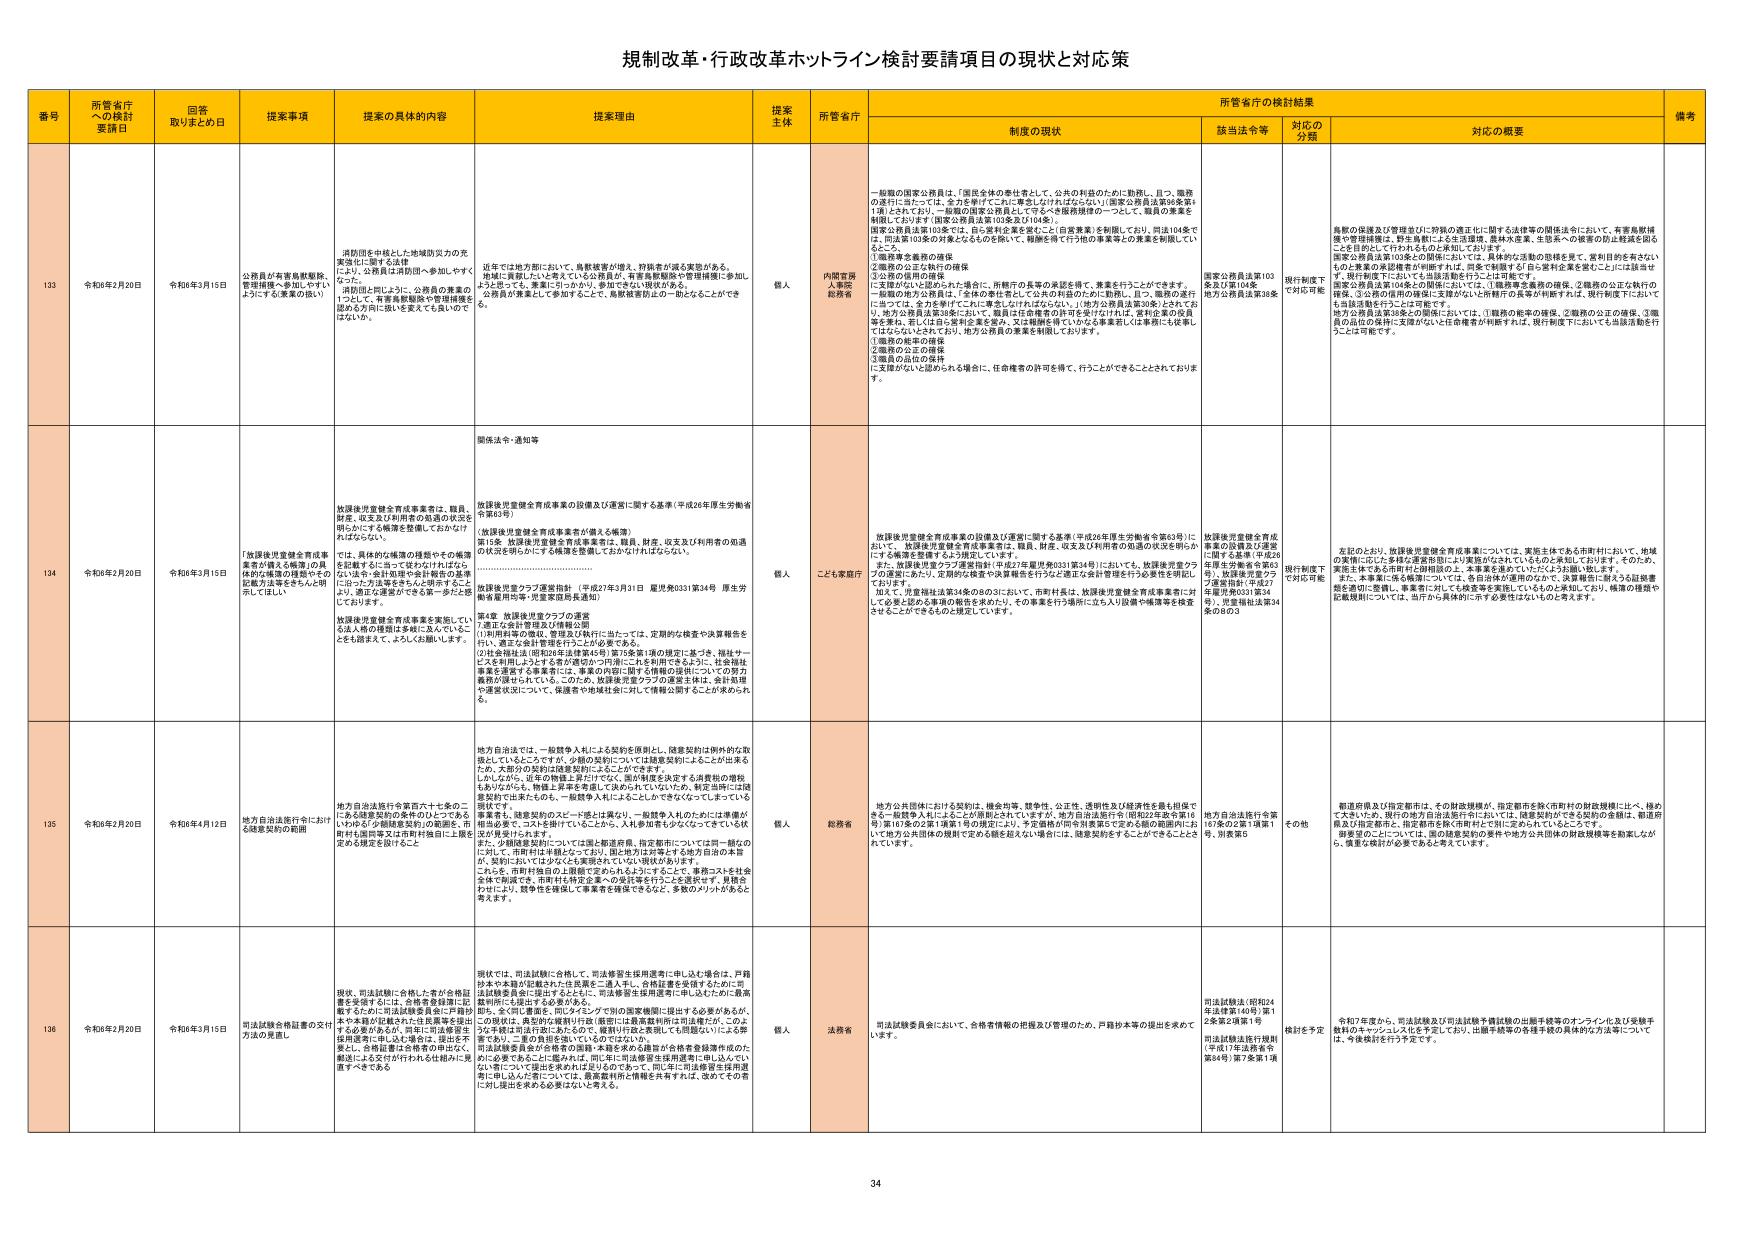
規制改革・行政改革ホットライン検討要請項目の現状と対応策

番号 所管省庁への検討要請日 回答取りまとめ日 提案事項 提案の具体的内容 提案理由 提案主体 所管省庁 制度の現状 該当法令等 対応の分類 対応の概要 備考

133 令和6年2月20日 令和6年3月15日 公務員が有資格駅勤務、管理措置へ参加しやすいようにする（要望の拡大） 消防団を中核とした地域防災力の充実強化に関する法律により、公務員は消防団へ参加しやすくならず、公務員が有資格駅勤務、管理措置へ参加しやすいようにする（要望の拡大） 近年では地方部において、鳥獣被害が増加、狩猟者の減少が進む。地域に貢献したいと考えている公務員が、有資格駅勤務や管理措置に参加しやすいようにする。要望を拡大しやすいように、参加できるよう対応する。公務員が事業として参加することで、鳥獣被害防止の一助となることができる。 個人 内閣官房人事院総務省 一般職の国家公務員は、「国民全体の奉仕者として、公共の利益のために勤務し、且つ、職務の遂行にあたっては、全力を挙げてこれに専念しなければならない」（国家公務員法第6条第1項）とされており、一般職の国家公務員としてのるべき服務精神の一つとして、職員の事業を制限しておりません（国家公務員法第103条及び104条）。国家公務員法第103条では、自ら営利企業を営むこと（自営事業）を制限しており、同法104条では、同法第103条の対象となるものを除いて、報酬を得て行う他の事業等との兼業を制限していること。 ①職務専念義務の確保 ②職務の公正な執行の確保 ③公務の信用の確保 に支障がないと認められる場合に、所轄庁の長等の承認を得て、兼業を行うことができます。 一般職の地方公務員は、「全体の奉仕者として公共の利益のために勤務し、且つ、職務の遂行にあたっては、全力を挙げてこれに専念しなければならない」（地方公務員法第30条）とされており、地方公務員法第38条において、職員は自営事業の許可を受けなければ、営利企業の役員等を務め、若しくは自ら営利企業を営み、又は報酬を得ていかなる事業若しくは業務にも従事してはならないとされており、地方公務員の兼業を制限しております。 ①職務の転率の確保 ②職務の公正の確保 ③職員の品位の保持 に支障がないと認められる場合に、任命権者の許可を得て、行うことができることとされております。 国家公務員法第103条及び第104条 地方公務員法第38条 現行制度下で対応可能 鳥獣の保護及び管理並びに狩猟の適正化に関する法律等の関係法令において、有資格駅措置や管理措置は、野生鳥獣による生活環境、農林水産業、生態系への被害の防止軽減を図ることを目的として行われるものと承知しております。 国家公務員法第103条との関係においては、具体的な活動の態様を見て、営利目的を有さないものと兼業の実態解釈が判断すれば、同意で制限する「自ら営利企業を営むこと」には該当せず、現行制度下においても当該活動を行うことは可能です。 国家公務員法第104条との関係においては、①職務専念義務の確保、②職務の公正な執行の確保、③公務の信用の確保に支障がないと所轄庁の長等が判断すれば、現行制度下においても当該活動を行うことは可能です。 地方公務員法第38条との関係においては、①職務の能率の確保、②職務の公正の確保、③職員の品位の保持に支障がないと任命権者が判断すれば、現行制度下においても当該活動を行うことは可能です。

134 令和6年2月20日 令和6年3月15日 「放課後児童健全育成事業が備える施設」の具体的な施設の種類やその記載方法等をきちんと明示してほしい 放課後児童健全育成事業は、職員、財産、収支及び利用者の処遇の状況を明らかにする情報発信機関しておくなければならない。 では、具体的な施設の種類やその備置を記載するに至ってはなされない。 また、会計処理や会計報告の基準に沿った方法等をきちんと明示することにより、適正な運営ができる一歩だと感じております。 放課後児童健全育成事業を実施している法人格の種類は多岐に及んでいることを踏まえて、よろしくお願いします。 関係法令・通知等 放課後児童健全育成事業の設備及び運営に関する基準（平成26年厚生労働省令第63号） （放課後児童健全育成事業者が備える施設） 第1条 放課後児童健全育成事業者は、職員、財産、収支及び利用者の処遇の状況を明らかにする情報を発信しておかなければならない。 放課後児童クラブ運営指針（平成27年3月31日 見光発0331第34号 厚生労働省雇用均等・児童家庭局長通知） 第4章 放課後児童クラブの運営 7.適正な会計管理及び情報公開 （1）利用料等の徴収、管理及び執行に当たっては、定期的な検査や決算報告を行い、適正な会計管理を行うことが必要である。 （2）社会福祉法（昭和24年法律第45号）第75条第1項の規定に基づき、福祉サービスを利用しようとする者が適切かつ円滑にこれを利用できるように、社会福祉事業を運営する事業者には、事業の内部に関する情報の提供についての努力義務が課せられている。このため、放課後児童クラブの運営主体は、会計処理や運営状況について、保護者や地域社会に対して情報公開することが求められる。 個人 こども家庭庁 放課後児童健全育成事業の設備及び運営に関する基準（平成26年厚生労働省令第63号）において、放課後児童健全育成事業者は、職員、財産、収支及び利用者の処遇の状況を明らかにする情報を発信するよう規定しています。 また、放課後児童クラブ運営指針（平成27年雇用発0331第34号）において、放課後児童クラブの運営にあたり、定期的な検査や決算報告を行う必要がある旨が管轄を行う必要性を明記しております。 加えて、児童福祉法第34条の8の3において、市町村長は、放課後児童健全育成事業者に対し、必要と認める事項の報告を求めたり、その事業を行う場所に立ち入り設備や帳簿等を検査させることができるものと規定しています。 放課後児童健全育成事業の設備及び運営に関する基準（平成26年厚生労働省令第63号）、放課後児童クラブ運営指針（平成27年雇用発0331第34号）、児童福祉法第34条の8の3 現行制度下で対応可能 左記のとおり、放課後児童健全育成事業については、実施主体である市町村において、地域の実情に応じた多様な運営形態により実施がなされているものと承知しております。そのため、実施主体である市町村と関係団体の間で、基準等を共有していただくようお願い致します。 また、本事業に係る報告については、各自治体が運用のなかで、決算報告に加えうる記載事項を適切に整理し、事業者に対しても検査等を実施しているものと承知しており、機関の種類や記載規則については、当庁から具体的に示す必要性はないものと考えます。

135 令和6年2月20日 令和6年4月12日 地方自治法施行令における6種要契約の範囲 地方自治法施行令第四六十七条の二にあらゆる契約の条件のひとつである「いわゆる『6種要契約』の範囲を、市町村と国同等又は市町村独自に上限を定める規定を設けること 地方自治法では、一般競争入札による契約を原則とし、随意契約は例外的な取扱いとしているところですが、介護の契約については随意契約にすることが出来るため、大部分の契約は随意契約によることができます。 しかしながら、近年の物価上昇がけた違いで、国の財政を決定する消費税の増税もありながら、物価上昇率を考慮して決められていないため、軽正当時に口頭契約で出来るものも、一般競争入札によることができなくなってしまっている現状です。 事業者も、随意契約のスピード感とは異なり、一般競争入札のためには準備が相当必要で、コストを掛けていたことから、入札参加者も少なくなってきている状況が見受けられます。 また、少額随意契約については国と都道府県、指定都市については同一額なので、市町村は単独となっており、国と地方は対等とする地方自治の本質が、実例においては少なくとも実現されていない現状があります。 これらを、市町村独自の上限額で定められるようにすることで、事務コストも社会全体で削減でき、市町村も特定企業への受託等を行うことと選択せず、見直しをはかり、競争性を確保して事業者を確保できるなど、多数のメリットがあると考えます。 個人 総務省 地方公共団体における契約は、機会均等、競争性、公正性、透明性及び経済性を最も前提できる一般競争入札によることが原則とされていますが、地方自治法施行令（昭和25年政令第161号）第70条の2第1項第7号の規定により、予定価格が所令第条第2に定める額の範囲内において地方公共団体の規程で定める額を超えない場合には、随意契約をすることができるとなっています。 地方自治法施行令第167条の2第1項第1号、別表第5 その他 都道府県及び指定都市は、その財政規模が、指定都市を除く市町村の財政規模に比べ、極めて大きい。現行の地方自治法施行令においては、随意契約ができる契約の金額は、都道府県及び指定都市と、指定都市を除く市町村とで同じ定められていることです。 財源等の点については、国の随意契約の要件や地方公共団体の財政規模等を勘案しながら、慎重な検討が必要であると考えています。

136 令和6年2月20日 令和6年3月15日 司法試験合格証書の交付方法の見直し 現状、司法試験に合格した者が合格証書を受領するには、合格者登録簿に記載するために司法試験委員会に戸籍抄本や本籍が記載された住民票等を提出する必要があるが、実際に司法審査生採用選考に申し込む場合は、国法を不承知し、合格証書は合格者の印鑑を、郵送によることが行われるとは極力に見直すべきである。 領状では、司法試験に合格して、司法審査生採用選考に申し込む場合は、戸籍抄本や本籍が記載された住民票を一括し、合格証書を受領するために司法試験委員会に提出することとし、司法審査生採用選考に申し込むために最高裁判所に提出する必要がある。 即ち、全く同じ書面を、同じタイミングでの国家機関に提出する必要があるが、この現状は、典型的な縦割り行政（最終には最高裁判所は司法省だが、このような手続きは行政にあたるため、縦割り行政と表現しても問題ない）による弊害であり、二重の負担を強いているのではないか。 司法試験委員会が合格者の名簿が合格者登録簿作成のために必要であることに鑑みれば、同じ日に司法審査生採用選考に申し込んでいく際に、国法を承知すれば同じものである。同じ日に司法審査生採用選考に申し込むことについて、最高裁判所に情報を共有すれば、改めてその書に提出を求める必要はないと考える。 個人 法務省 司法試験委員会において、合格者情報の把握及び管理のため、戸籍抄本等の提出を求めて います。 司法試験法（昭和24年法律第140号）第12条第2項第1号 司法試験法施行規則（平成17年法務省令第64号）第7条第1項 検討を予定 令和7年度から、司法試験及び司法試験予備試験の出願手続きのオンライン化及び受験手数料のキャッシュレス化を予定しており、出願手続等の各種手続の具体的な方法等について は、今後検討を行う予定です。

34